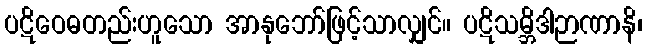
ပဋိဝေဓတည်းဟူသော အာနုဘော်ဖြင့်သာလျှင်။ ပဋိသမ္ဘိဒါဉာဏာနိ၊